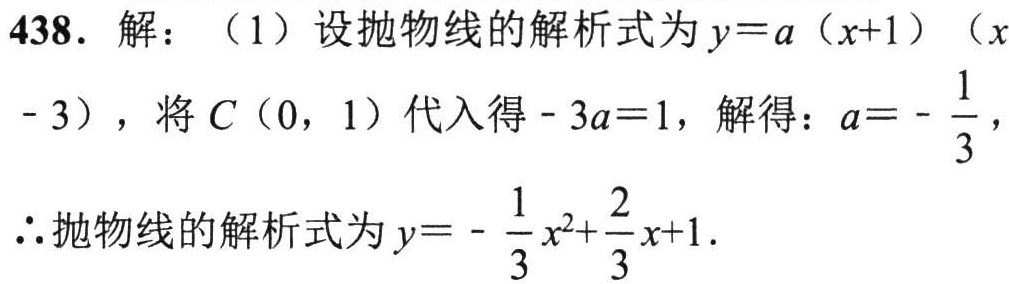
438. 解：（1）设抛物线的解析式为\(y = a(x + 1)(x - 3)\)，将\(C(0,1)\)代入得\(-3a = 1\)，解得：\(a=-\frac{1}{3}\)，
\(\therefore\)抛物线的解析式为\(y = -\frac{1}{3}x^{2}+\frac{2}{3}x + 1\).